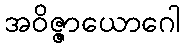
အဝိဇ္ဇာယောဂေါ